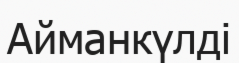
Айманкүлді